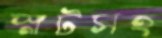
স্লটসহ